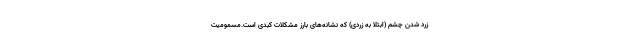
زرد شدن چشم (ابتلا به زردی) که نشانه‌های بارز مشکلات کبدی است.مسمومیت